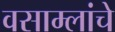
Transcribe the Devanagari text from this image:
वसाम्लांचे